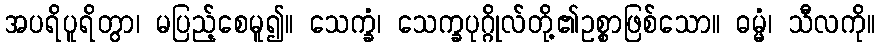
အပရိပူရိတွာ၊ မပြည့်စေမူ၍။ သေက္ခံ၊ သေက္ခပုဂ္ဂိုလ်တို့၏ဥစ္စာဖြစ်သော။ ဓမ္မံ၊ သီလကို။